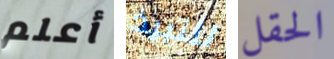
أعلم للنبيذ الحقل